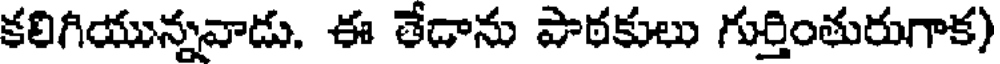
కలిగియున్నవాడు. ఈ తేడాను పాఠకులు గుర్తింతురుగాక)